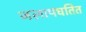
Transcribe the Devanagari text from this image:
जलापघतित